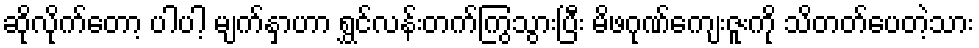
ဆိုလိုက်တော့ ပါပါ့ မျက်နှာဟာ ရွှင်လန်းတက်ကြွသွားပြီး မိဖဂုဏ်ကျေးဇူးကို သိတတ်ပေတဲ့သား